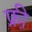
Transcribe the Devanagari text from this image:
फ्री़